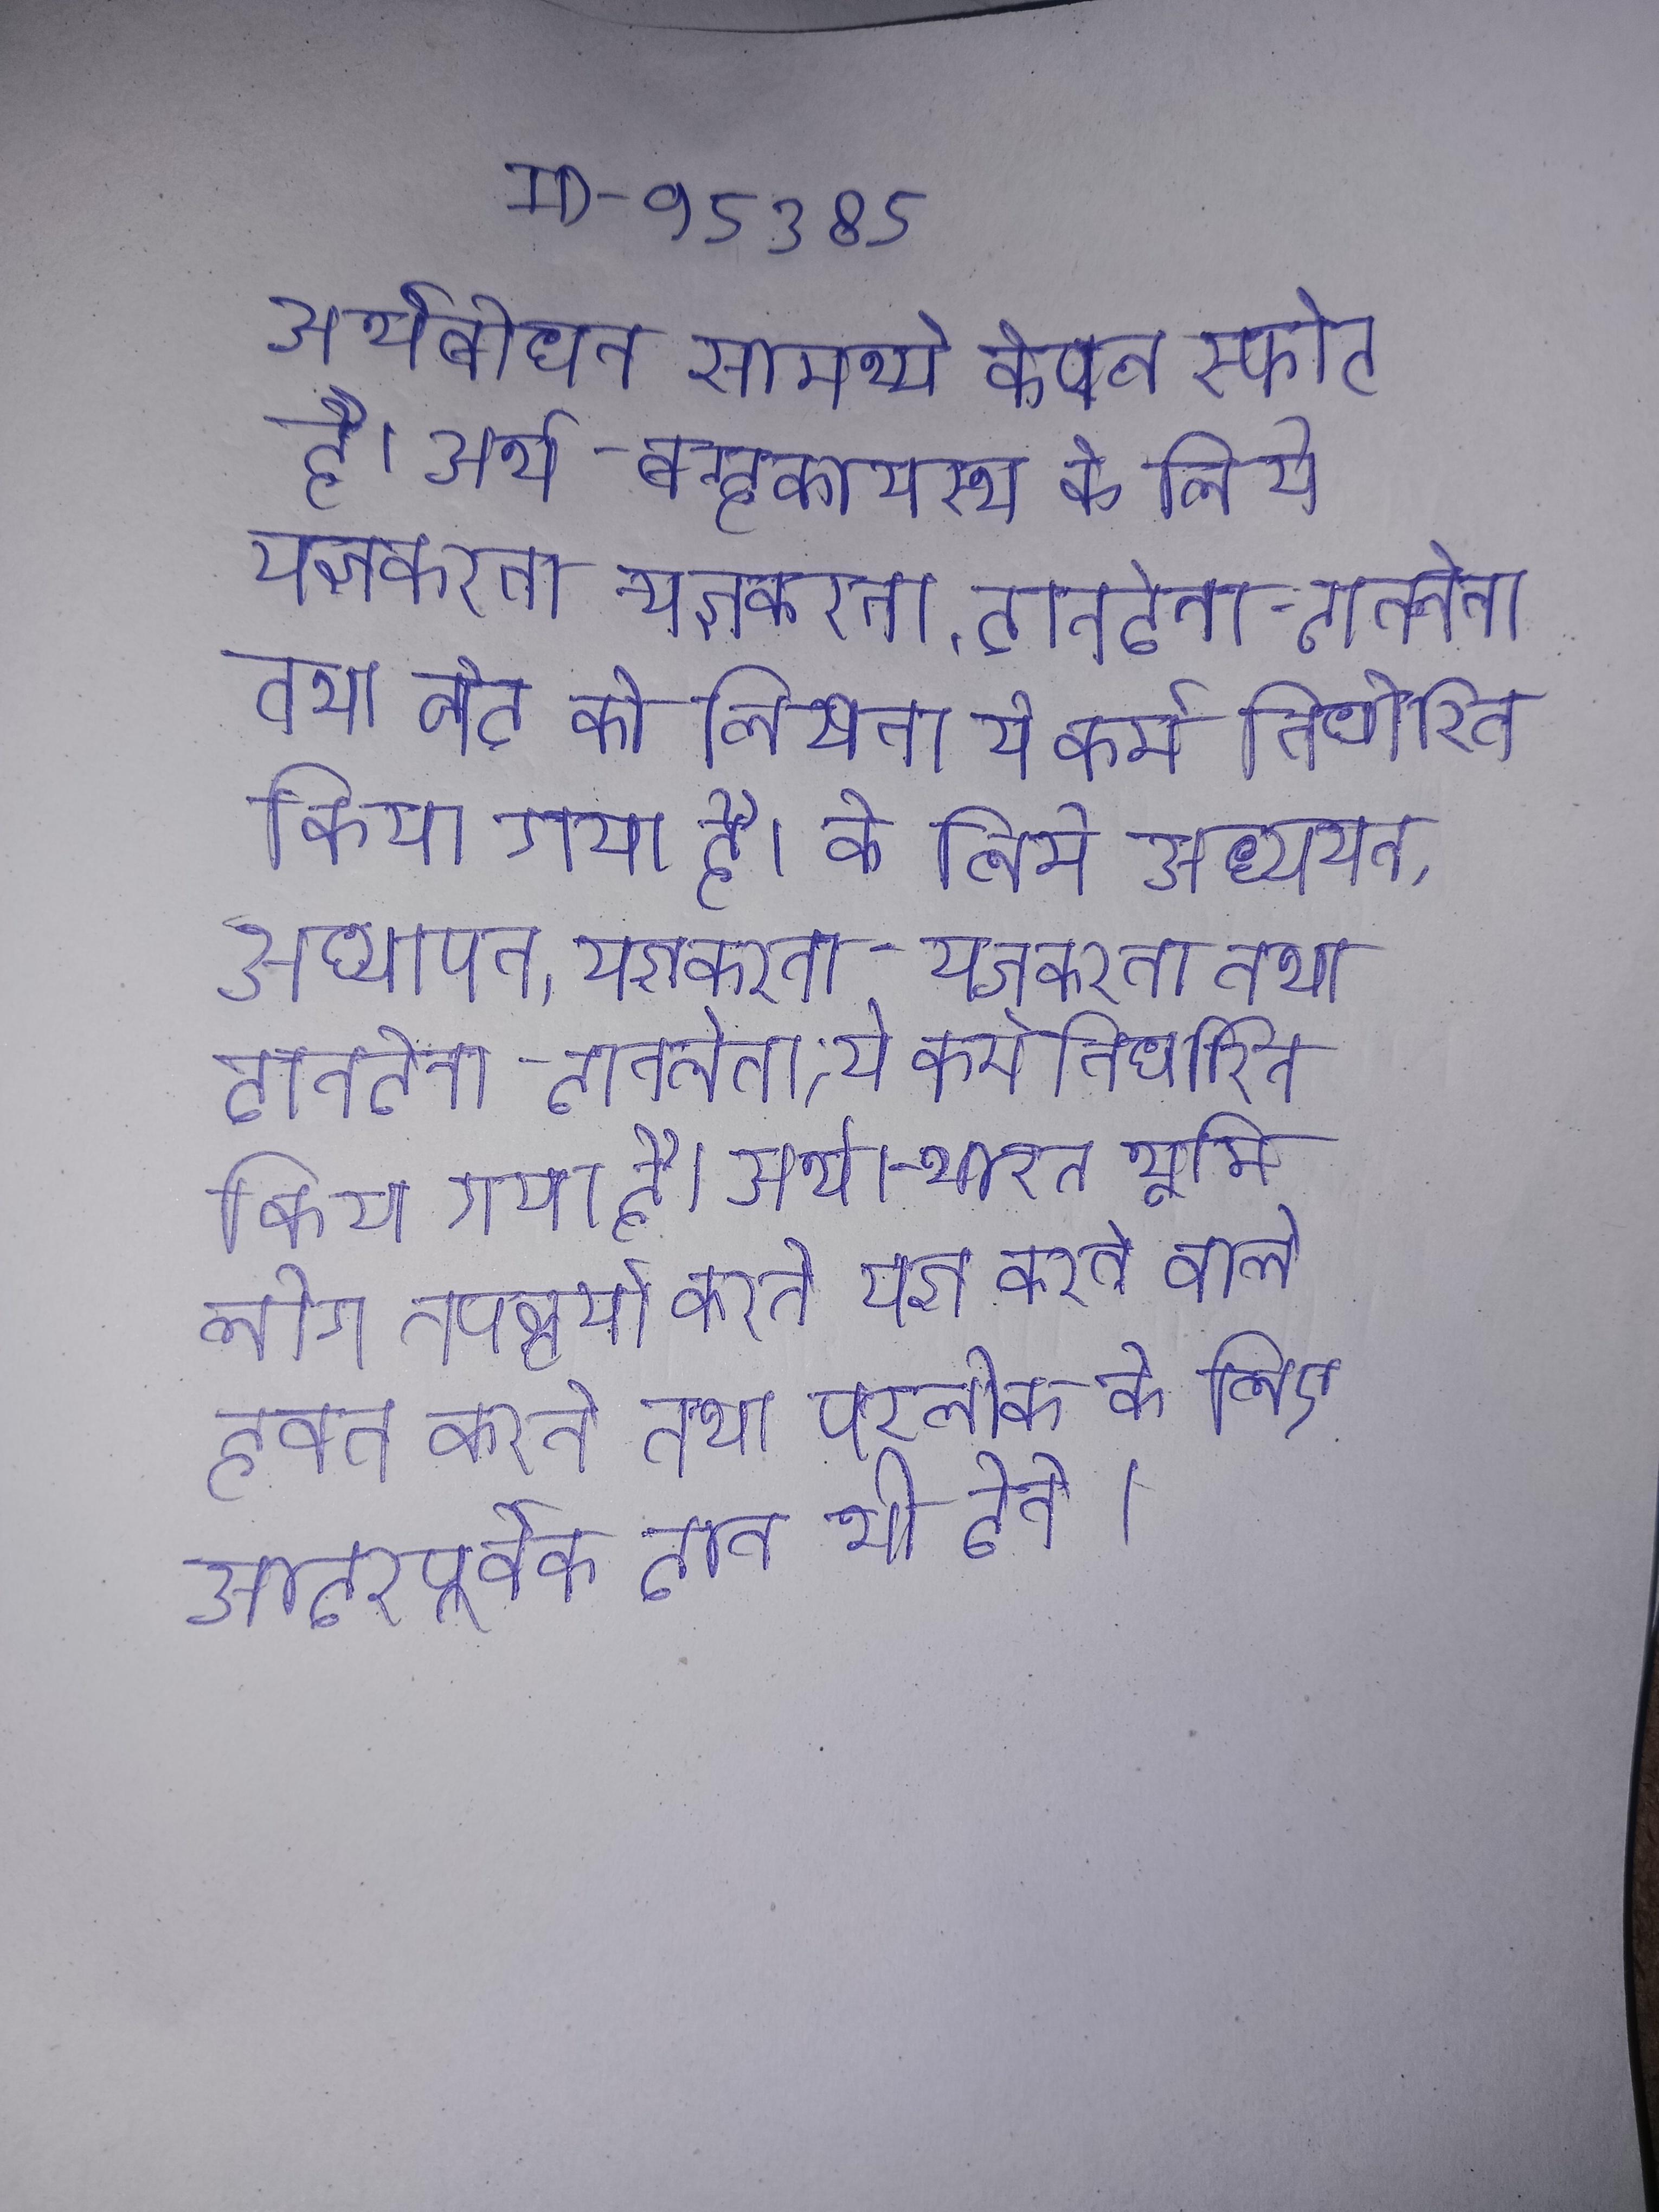
अर्थबोधन सामर्थ्य केवल स्फोट है । अर्थ- ब्रम्हकायस्थ के लिये यज्ञकरना-यज्ञकरना, दानदेना-दानलेना तथा वेद को लिखना ये कर्म निर्धारित किया गया है । के लिये अध्ययन-अध्यापन, यज्ञकरना-यज्ञकरना तथा दानदेना-दानलेना, ये कर्म निर्धारित किया गया है । अर्थ- भारत भूमि लोग तपश्चर्या करते यज्ञ करने वाले हवन करते तथा परलोक के लिए आदरपूर्वक दान भी देते ।